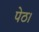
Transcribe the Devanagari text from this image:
पेठ।